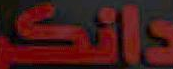
Sis